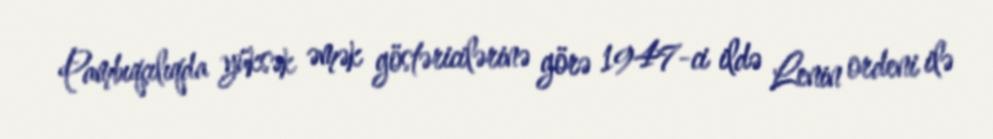
Pambıqçılıqda yüksək əmək göstəricilərinə görə 1947-ci ildə Lenin ordeni ilə